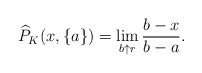
\begin{align*}\widehat P_K(x,\{a\})=\lim_{b\uparrow r}\frac{b-x}{b-a}.\end{align*}